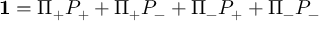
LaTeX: { \bf 1 } = \Pi _ { + } P _ { + } + \Pi _ { + } P _ { - } + \Pi _ { - } P _ { + } + \Pi _ { - } P _ { - }